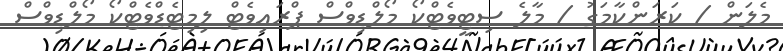
މެލަން / ކަރަންކާމަގު / މާލެ ސިޓީވެޓްކޯ މޯލްޑިވްސް ޕްރައިވެޓް ލިމިޓެޑްވެޓްކޯ މޯލްޑިވްސް